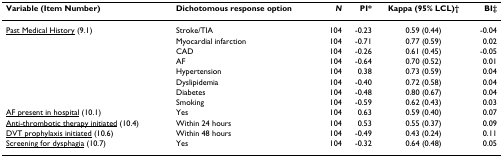
<table><thead><tr><td><b>Variable (Item Number)</b></td><td><b>Dichotomous response option</b></td><td><b><i>N</i></b></td><td><b>PI*</b></td><td><b>Kappa (95% LCL)†</b></td><td><b>BI‡</b></td></tr></thead><tbody><tr><td><underline>Past Medical History</underline> (9.1)</td><td>Stroke/TIA</td><td>104</td><td>-0.23</td><td>0.59 (0.44)</td><td>-0.04</td></tr><tr><td></td><td>Myocardial infarction</td><td>104</td><td>-0.71</td><td>0.77 (0.59)</td><td>0.02</td></tr><tr><td></td><td>CAD</td><td>104</td><td>-0.26</td><td>0.61 (0.45)</td><td>-0.05</td></tr><tr><td></td><td>AF</td><td>104</td><td>-0.64</td><td>0.70 (0.52)</td><td>0.01</td></tr><tr><td></td><td>Hypertension</td><td>104</td><td>0.38</td><td>0.73 (0.59)</td><td>0.04</td></tr><tr><td></td><td>Dyslipidemia</td><td>104</td><td>-0.40</td><td>0.72 (0.58)</td><td>0.04</td></tr><tr><td></td><td>Diabetes</td><td>104</td><td>-0.48</td><td>0.80 (0.67)</td><td>0.04</td></tr><tr><td></td><td>Smoking</td><td>104</td><td>-0.59</td><td>0.62 (0.43)</td><td>0.03</td></tr><tr><td><underline>AF present in hospital</underline> (10.1)</td><td>Yes</td><td>104</td><td>0.63</td><td>0.59 (0.40)</td><td>0.07</td></tr><tr><td><underline>Anti-thrombotic therapy initiated</underline> (10.4)</td><td>Within 24 hours</td><td>104</td><td>0.53</td><td>0.55 (0.37)</td><td>0.09</td></tr><tr><td><underline>DVT prophylaxis initiated</underline> (10.6)</td><td>Within 48 hours</td><td>104</td><td>-0.49</td><td>0.43 (0.24)</td><td>0.11</td></tr><tr><td><underline>Screening for dysphagia</underline> (10.7)</td><td>Yes</td><td>104</td><td>-0.32</td><td>0.64 (0.48)</td><td>0.05</td></tr></tbody></table>